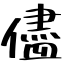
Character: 儘